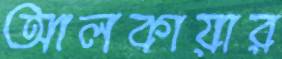
আলকায়ার